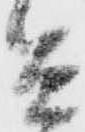
兵